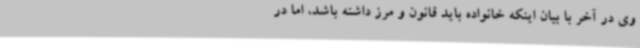
وی در آخر با بیان اینکه خانواده باید قانون و مرز داشته باشد، اما در